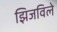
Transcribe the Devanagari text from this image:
झिजविले